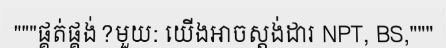
"""ផ្គត់ផ្គង់?មួយ: យើងអាចស្តង់ដារ NPT, BS,"""